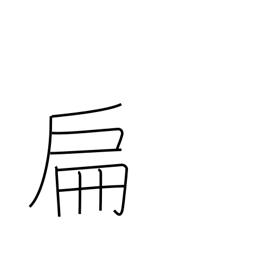
Meaning: small